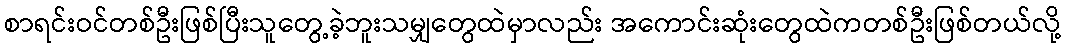
စာရင်းဝင်တစ်ဦးဖြစ်ပြီးသူတွေ့ခဲ့ဘူးသမျှတွေထဲမှာလည်း အကောင်းဆုံးတွေထဲကတစ်ဦးဖြစ်တယ်လို့